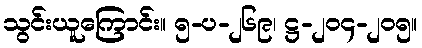
သွင်းယူကြောင်း။ ၅-ပ-၂၆၉၊ ဋ္ဌ-၂၀၄-၂၀၅။